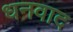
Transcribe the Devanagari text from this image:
धनवाद